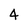
Character: 4